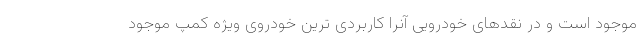
موجود است و در نقدهای خودرویی آنرا کاربردی ترین خودروی ویژه کمپ موجود